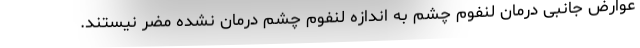
عوارض جانبی درمان لنفوم چشم به اندازه لنفوم چشم درمان نشده مضر نیستند.